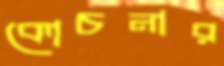
কোচনার